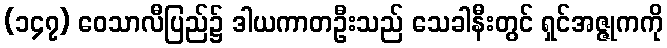
(၁၄၇) ဝေသာလီပြည်၌ ဒါယကာတဦးသည် သေခါနီးတွင် ရှင်အဇ္ဇုကကို